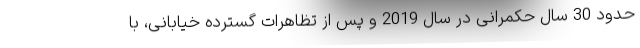
حدود 30 سال حکمرانی در سال 2019 و پس از تظاهرات گسترده خیابانی، با